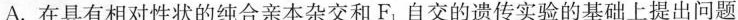
A.在具有相对性状的纯合亲本杂交和F_{1}自交的遗传实验的基础上提出问题